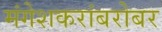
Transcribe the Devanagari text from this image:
मंगेशकरांबरोबर